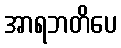
အာရဘတိပေ